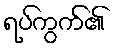
ရပ်ကွက်၏